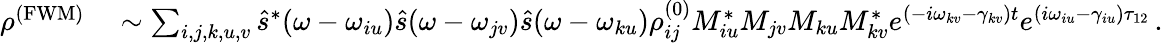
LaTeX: \begin{array}{rl}{\rho^{\mathrm{(FWM)}}}&{{}\sim\sum_{i,j,k,u,v}\hat{s}^{*}(\omega-\omega_{iu})\hat{s}(\omega-\omega_{jv})\hat{s}(\omega-\omega_{ku})\rho_{ij}^{(0)}M_{iu}^{*}M_{jv}M_{ku}M_{kv}^{*}e^{(-i\omega_{kv}-\gamma_{kv})t}e^{(i\omega_{iu}-\gamma_{iu})\tau_{12}}\, .}\end{array}